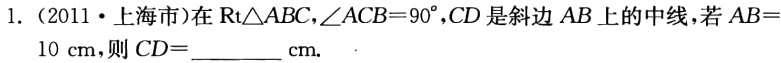
1. (2011·上海市)在$\text{Rt}\triangle ABC$,$\angle ACB = 90^{\circ}$,$CD$是斜边$AB$上的中线,若$AB = 10\mathrm{cm}$,则$CD = \_\_\_\_\_\mathrm{cm}.$